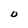
Character: 0